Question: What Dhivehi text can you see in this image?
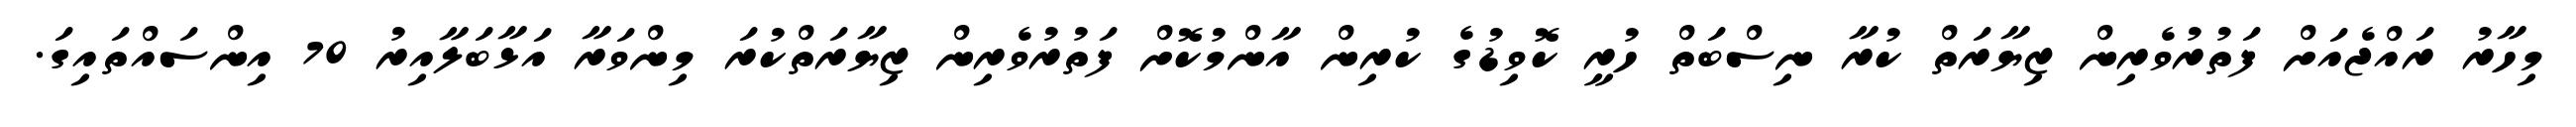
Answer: މިހާރު ރައްޖެއަށް ފަތުރުވެރިން ޒިޔާރަތް ކުރާ ނިސްބަތް ހުރީ ކޮވިޑުގެ ކުރިން އާންމުކޮށް ފަތުރުވެރިން ޒިޔާރަތްކުރަ މިންވަރާ އަޅާބަލާއިރު 70 އިންސައްތައިގަ.